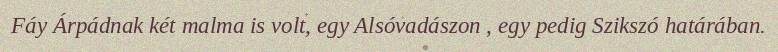
Fáy Árpádnak két malma is volt, egy Alsóvadászon , egy pedig Szikszó határában.